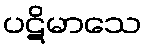
ပဋိမာသေ